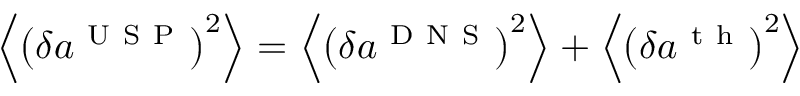
\left\langle { { \left( \delta { { a } ^ { \mathrm { ~ U ~ S ~ P ~ } } } \right) } ^ { 2 } } \right\rangle = \left\langle { { \left( \delta { { a } ^ { \mathrm { ~ D ~ N ~ S ~ } } } \right) } ^ { 2 } } \right\rangle + \left\langle { { \left( \delta { { a } ^ { \mathrm { ~ t ~ h ~ } } } \right) } ^ { 2 } } \right\rangle